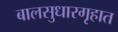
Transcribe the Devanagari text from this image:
बालसुधारगृहात